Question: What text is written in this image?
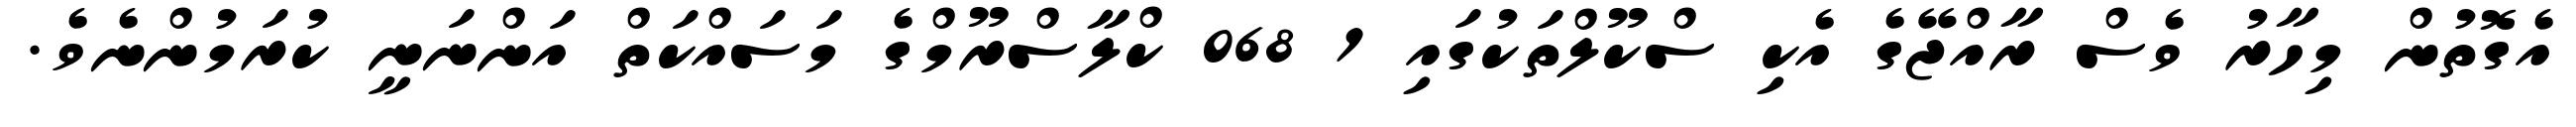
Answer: އެގޮތުން މިހާރު ވެސް ރާއްޖޭގެ އެކި ސްކޫލްތަކުގައި 1 068 ކްލާސްރޫމްގެ މަސައްކަތް އަންނަނީ ކުރަމުންނެވެ.